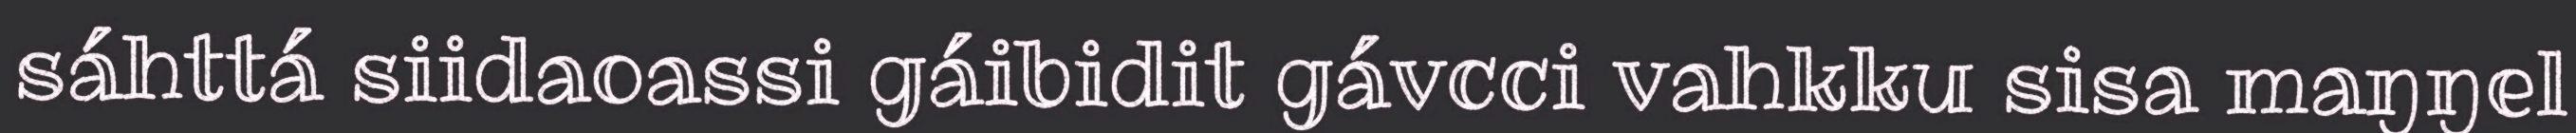
sáhttá siidaoassi gáibidit gávcci vahkku sisa maŋŋel